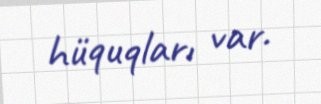
hüquqları var.